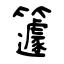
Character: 籧